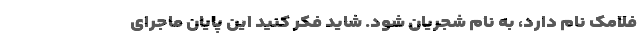
فلامک نام دارد، به نام شجریان شود. شاید فکر کنید این پایان ماجرای